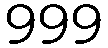
999